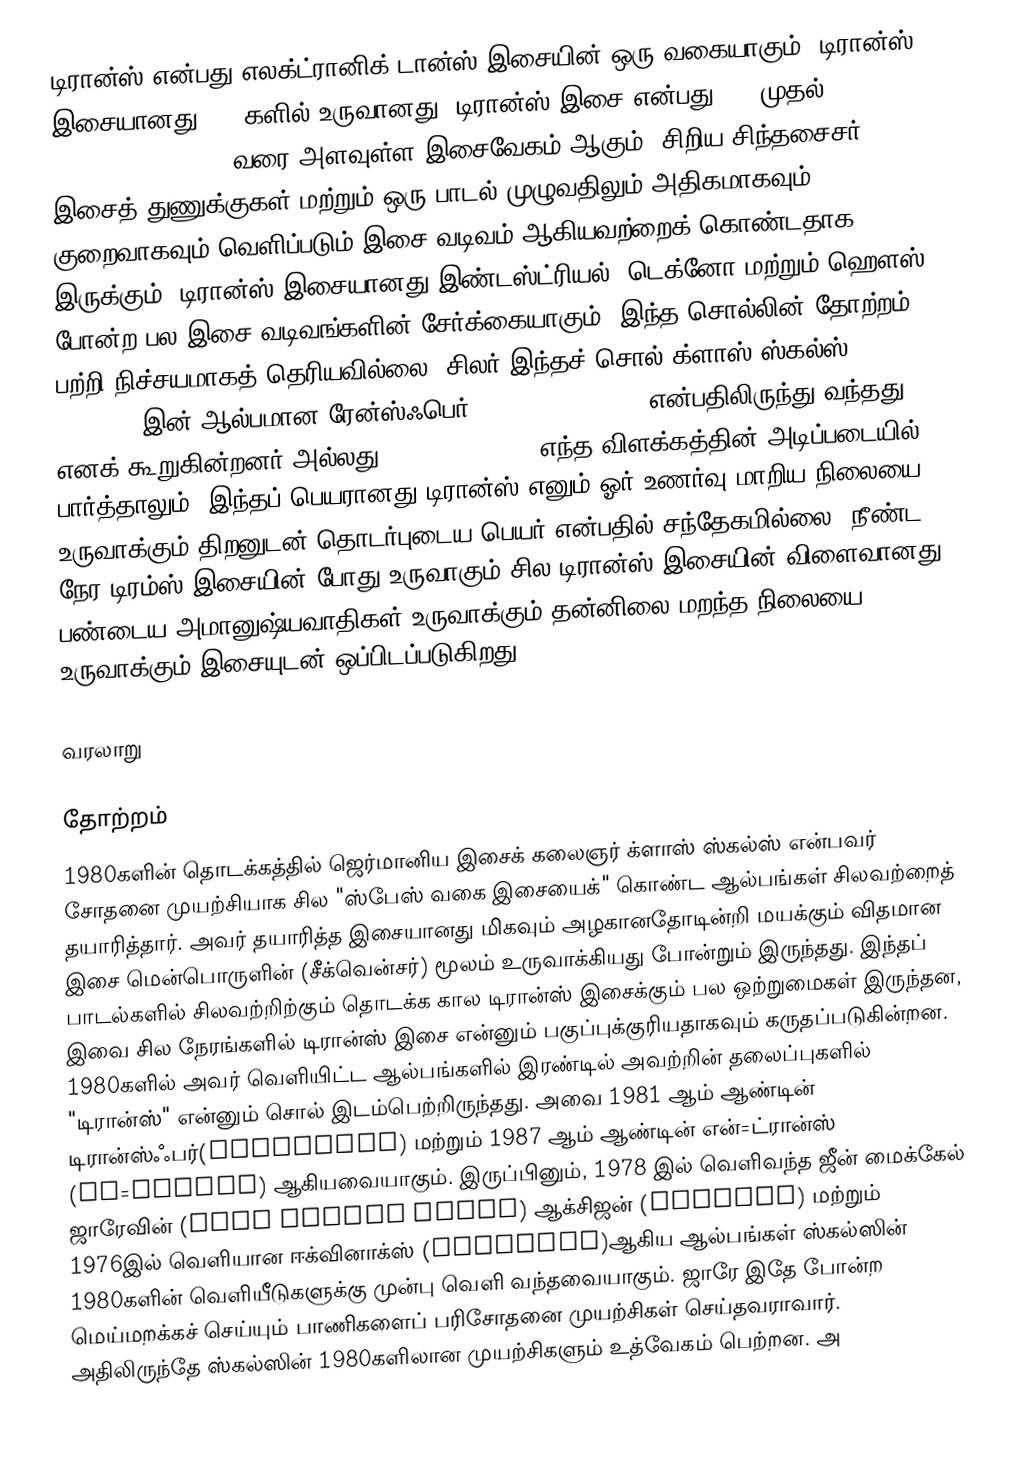
டிரான்ஸ் என்பது எலக்ட்ரானிக் டான்ஸ் இசையின் ஒரு வகையாகும். டிரான்ஸ் இசையானது 1990களில் உருவானது. டிரான்ஸ் இசை என்பது 130 முதல் 155 BPM (Beats Per Minute) வரை அளவுள்ள இசைவேகம் ஆகும். சிறிய சிந்தசைசர் இசைத் துணுக்குகள் மற்றும் ஒரு பாடல் முழுவதிலும் அதிகமாகவும் குறைவாகவும் வெளிப்படும் இசை வடிவம் ஆகியவற்றைக் கொண்டதாக இருக்கும்.  டிரான்ஸ் இசையானது இண்டஸ்ட்ரியல், டெக்னோ மற்றும் ஹௌஸ் போன்ற பல இசை வடிவங்களின் சேர்க்கையாகும். இந்த சொல்லின் தோற்றம் பற்றி நிச்சயமாகத் தெரியவில்லை. சிலர் இந்தச் சொல் க்ளாஸ் ஸ்கல்ஸ் (Klaus Schulze) இன் ஆல்பமான ரேன்ஸ்ஃபெர் (rancefer) (1981) என்பதிலிருந்து வந்தது எனக் கூறுகின்றனர் அல்லது Dance 2 Trance. எந்த விளக்கத்தின் அடிப்படையில் பார்த்தாலும், இந்தப் பெயரானது டிரான்ஸ் எனும் ஓர் உணர்வு மாறிய நிலையை உருவாக்கும் திறனுடன் தொடர்புடைய பெயர் என்பதில் சந்தேகமில்லை. நீண்ட நேர டிரம்ஸ் இசையின் போது உருவாகும் சில டிரான்ஸ் இசையின் விளைவானது பண்டைய அமானுஷ்யவாதிகள் உருவாக்கும் தன்னிலை மறந்த நிலையை உருவாக்கும் இசையுடன் ஒப்பிடப்படுகிறது.

வரலாறு

தோற்றம்
1980களின் தொடக்கத்தில் ஜெர்மானிய இசைக் கலைஞர் க்ளாஸ் ஸ்கல்ஸ் என்பவர் சோதனை முயற்சியாக சில "ஸ்பேஸ் வகை இசையைக்" கொண்ட ஆல்பங்கள் சிலவற்றைத் தயாரித்தார். அவர் தயாரித்த இசையானது மிகவும் அழகானதோடின்றி மயக்கும் விதமான இசை மென்பொருளின் (சீக்வென்சர்) மூலம் உருவாக்கியது போன்றும் இருந்தது. இந்தப் பாடல்களில் சிலவற்றிற்கும் தொடக்க கால டிரான்ஸ் இசைக்கும் பல ஒற்றுமைகள் இருந்தன, இவை சில நேரங்களில் டிரான்ஸ் இசை என்னும் பகுப்புக்குரியதாகவும் கருதப்படுகின்றன. 1980களில் அவர் வெளியிட்ட ஆல்பங்களில் இரண்டில் அவற்றின் தலைப்புகளில் "டிரான்ஸ்" என்னும் சொல் இடம்பெற்றிருந்தது. அவை 1981 ஆம் ஆண்டின் டிரான்ஸ்ஃபர்(Trancefer) மற்றும் 1987 ஆம் ஆண்டின் என்=ட்ரான்ஸ் (En=Trance) ஆகியவையாகும். இருப்பினும், 1978 இல் வெளிவந்த ஜீன் மைக்கேல் ஜாரேவின் (Jean Michel Jarre) ஆக்சிஜன் (Oxygène) மற்றும் 1976இல் வெளியான ஈக்வினாக்ஸ் (Equinoxe)ஆகிய ஆல்பங்கள் ஸ்கல்ஸின் 1980களின் வெளியீடுகளுக்கு முன்பு வெளி வந்தவையாகும். ஜாரே இதே போன்ற மெய்மறக்கச் செய்யும் பாணிகளைப் பரிசோதனை முயற்சிகள் செய்தவராவார். அதிலிருந்தே ஸ்கல்ஸின் 1980களிலான முயற்சிகளும் உத்வேகம் பெற்றன. அ